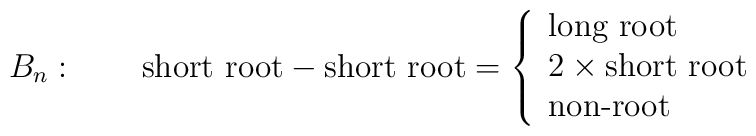
B_n:\qquad \mbox{short root}   - \mbox{short root}=\left\{   \begin{array}{l}      \mbox{long root}\\      2\times \mbox{short root}\\      \mbox{non-root}   \end{array}   \right.